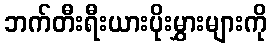
ဘက်တီးရီးယားပိုးမွှားများကို